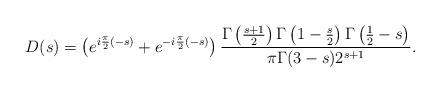
LaTeX: \begin{align*} D(s) = \left( e^{i \frac{\pi}{2}(-s)} + e^{-i \frac{\pi}{2}(-s)} \right) \frac{\Gamma \left(\frac{s+1}{2} \right) \Gamma \left(1 - \frac{s}{2} \right) \Gamma \left(\frac{1}{2} -s \right)}{{{\pi}}\Gamma(3-s) 2^{s+1}}.\end{align*}